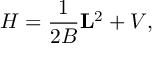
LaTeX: H = \frac { 1 } { 2 B } { \bf L } ^ { 2 } + V ,